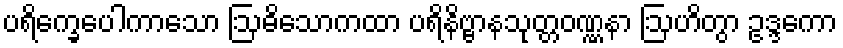
ပရိက္ခေပေါကာသော ဩဓိသောကထာ ပရိနိဗ္ဗာနသုတ္တဝဏ္ဏနာ ဩဟိတွာ ဥဒ္ဒကော